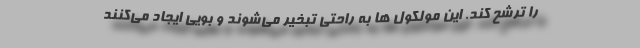
را ترشح کند. این مولکول ها به راحتی تبخیر می‌شوند و بویی ایجاد می‌کنند